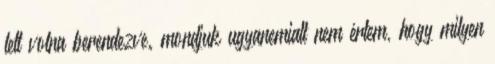
lett volna berendezve. mondjuk ugyanemiatt nem értem, hogy milyen